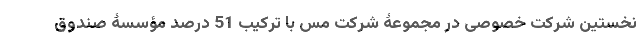
نخستین شرکت خصوصی در مجموعۀ شرکت مس با ترکیب 51 درصد مؤسسۀ صندوق